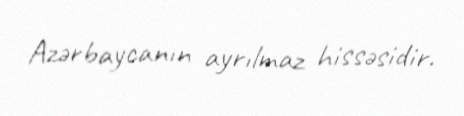
Azərbaycanın ayrılmaz hissəsidir.